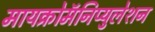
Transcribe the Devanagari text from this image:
मायक्रोमॅनिप्युलेशन